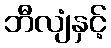
ဘီလျံနှင့်